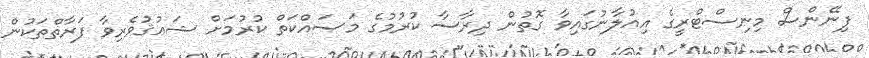
ފިނޭންސް މިނިސްޓްރީގެ އިއުލާނުގައިވާ ގޮތުން ދިރާސާ ކުރުމުގެ މަސައްކަތް ކުރުމަށް ޝަޢުޤުވެރިވާ ފަރާތްތަކުން